Annual report on the working of the lock hospitals in the North-Western Provinces and Oudh
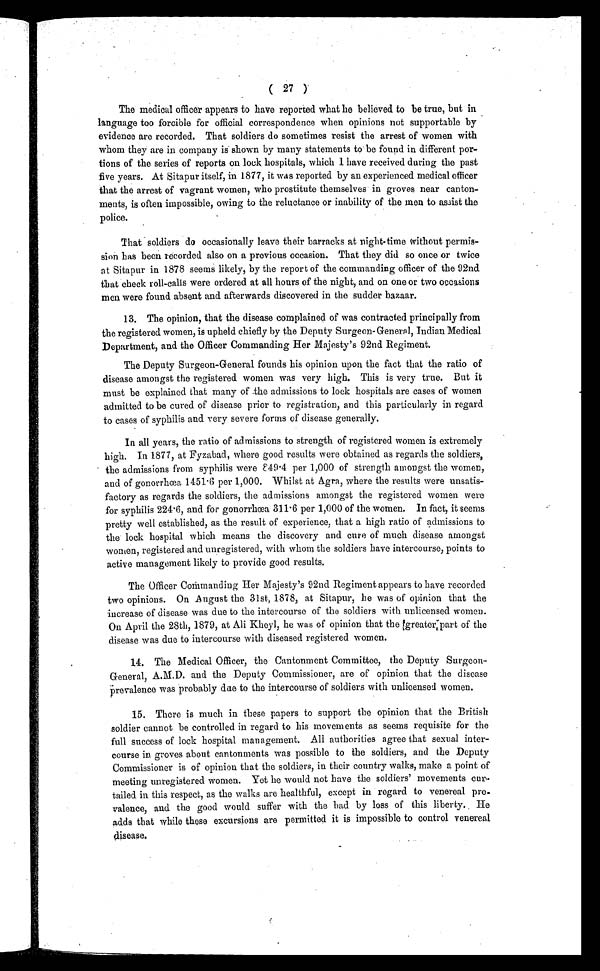
( 27 )
The medical officer appears to have reported what he believed to be true, but in
language too forcible for official correspondence when opinions not supportable by
evidence are recorded. That soldiers do sometimes resist the arrest of women with
whom they are in company is shown by many statements to be found in different por-
tions of the series of reports on lock hospitals, which I have received during the past
five years. At Sitapur itself, in 1877, it was reported by an experienced medical officer
that the arrest of vagrant women, who prostitute themselves in groves near canton-
ments, is often impossible, owing to the reluctance or inability of the men to assist the
police.
That soldiers do occasionally leave their barracks at night-time without permis-
sion has been recorded also on a previous occasion. That they did so once or twice
at Sitapur in 1878 seems likely, by the report of the commanding officer of the 92nd
that check roll-calls were ordered at all hours of the night, and on one or two occasions
men were found absent and afterwards discovered in the sudder bazaar.
13. The opinion, that the disease complained of was contracted principally from
the registered women, is upheld chiefly by the Deputy Surgeon-General, Indian Medical
Department, and the Officer Commanding Her Majesty's 92nd Regiment.
The Deputy Surgeon-General founds his opinion upon the fact that the ratio of
disease amongst the registered women was very high. This is very true. But it
must be explained that many of .the admissions to lock hospitals are cases of women
admitted to be cured of disease prior to registration, and this particularly in regard
to cases of syphilis and very severe forms of disease generally.
In all years, the ratio of' admissions to strength of registered women is extremely
high. In 1877, at Fyzabad, where good results were obtained as regards the soldiers,
the admissions from syphilis were 849.4 per 1,000 of strength amongst the women,
and of gonorrhœa 1451.6 per 1,000. Whilst at Agra, where the results were unsatis-
factory as regards the soldiers, the admissions amongst the registered women were
for syphilis 224.6, and for gonorrhœa 311.6 per 1,000 of the women. In fact, it seems
pretty well established, as the result of experience, that a high ratio of admissions to
the lock hospital which means the discovery and cure of much disease amongst
women, registered and unregistered, with whom the soldiers have intercourse, points to
active management likely to provide good results.
The Officer Commanding Her Majesty's 92nd Regiment appears to have recorded
two opinions. On August the 31st, 1878, at Sitapur, he was of opinion that the
increase of disease was due to the intercourse of the soldiers with unlicensed women.
On April the 28th, 1879, at Ali Kheyl, he was of opinion that the greater part of the
disease was due to intercourse with diseased registered women.
14. The Medical Officer, the Cantonment Committee, the Deputy Surgeon-
General, A.M.D. and the Deputy Commissioner, are of opinion that the disease
Prevalence was probably due to the intercourse of soldiers with unlicensed women.
15. There is much in these papers to support the opinion that the British
soldier cannot be controlled in regard to his movements as seems requisite for the
full success of lock hospital management. All authorities agree that sexual inter-
course in groves about cantonments was possible to the soldiers, and the Deputy
Commissioner is of opinion that the soldiers, in their country walks, make a point of
meeting unregistered women. Yet he would not have the soldiers' movements
curtailed in this respect, as the walks are healthful, except in regard to venereal
prevalence, and the good would suffer with the bad by loss of this liberty. He
adds that while these excursions are permitted it is impossible to control venereal
disease.